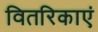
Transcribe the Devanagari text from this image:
वितरिकाएं